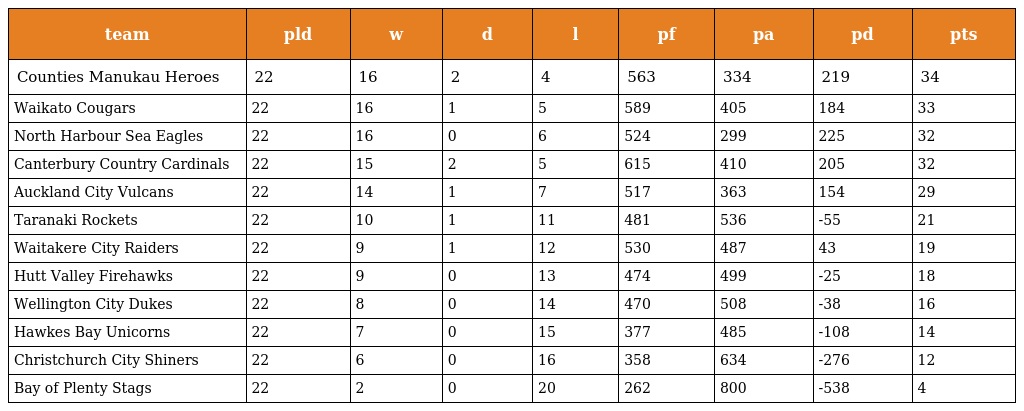
| team | pld | w | d | l | pf | pa | pd | pts |
 | --- | --- | --- | --- | --- | --- | --- | --- | --- |
 | Counties Manukau Heroes | 22 | 16 | 2 | 4 | 563 | 334 | 219 | 34 |
 | Waikato Cougars | 22 | 16 | 1 | 5 | 589 | 405 | 184 | 33 |
 | North Harbour Sea Eagles | 22 | 16 | 0 | 6 | 524 | 299 | 225 | 32 |
 | Canterbury Country Cardinals | 22 | 15 | 2 | 5 | 615 | 410 | 205 | 32 |
 | Auckland City Vulcans | 22 | 14 | 1 | 7 | 517 | 363 | 154 | 29 |
 | Taranaki Rockets | 22 | 10 | 1 | 11 | 481 | 536 | -55 | 21 |
 | Waitakere City Raiders | 22 | 9 | 1 | 12 | 530 | 487 | 43 | 19 |
 | Hutt Valley Firehawks | 22 | 9 | 0 | 13 | 474 | 499 | -25 | 18 |
 | Wellington City Dukes | 22 | 8 | 0 | 14 | 470 | 508 | -38 | 16 |
 | Hawkes Bay Unicorns | 22 | 7 | 0 | 15 | 377 | 485 | -108 | 14 |
 | Christchurch City Shiners | 22 | 6 | 0 | 16 | 358 | 634 | -276 | 12 |
 | Bay of Plenty Stags | 22 | 2 | 0 | 20 | 262 | 800 | -538 | 4 |